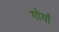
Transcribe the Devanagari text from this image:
गोर्यां